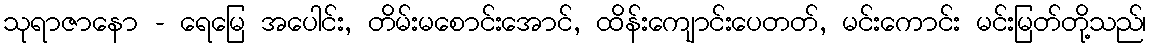
သုရာဇာနော - ရေမြေ အပေါင်း, တိမ်းမစောင်းအောင်, ထိန်းကျောင်းပေတတ်, မင်းကောင်း မင်းမြတ်တို့သည်၊